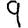
Digit: 9